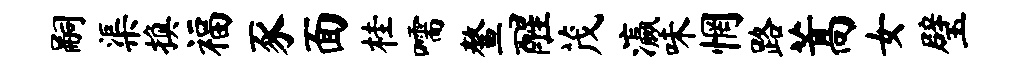
嗣渠换福豕面桂嚅鳌醒茂瀛味惘路蒿女璧